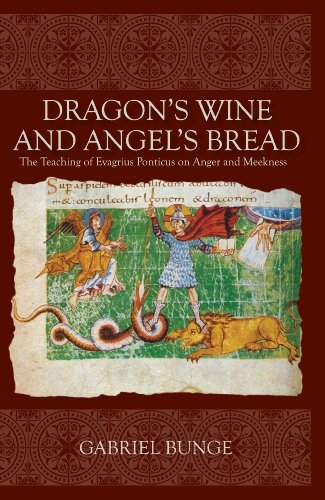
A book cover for Dragon's Wine and Angel's Bread; Gabriel Bunge; Christian Books & Bibles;